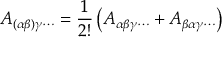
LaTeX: A _ { ( \alpha \beta ) \gamma \cdots } = { \frac { 1 } { 2 ! } } \left( A _ { \alpha \beta \gamma \cdots } + A _ { \beta \alpha \gamma \cdots } \right)